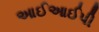
આઈઆઈપી